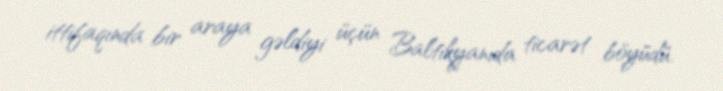
ittifaqında bir araya gəldiyi üçün Baltikyanıda ticarət böyüdü.